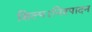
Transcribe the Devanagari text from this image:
शिल्प।निश्पादन